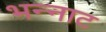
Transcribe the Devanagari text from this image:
भन्‍नाट